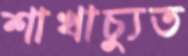
শাখাচ্যুত